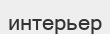
интерьер